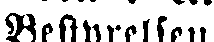
Bestyrelsen.